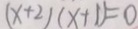
( x + 2 ) ( x + 1 ) = 0